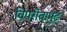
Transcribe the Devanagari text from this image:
विपरीतापुढं